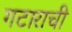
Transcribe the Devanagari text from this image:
गटाराची